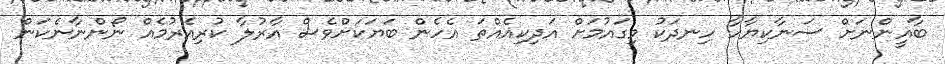
ބާޣީންނަށް ސަނާކިޔާހާ ހިނދަކު މިގައުމަށް އަދިކިއެއްތަ އެހެން ބަޔަކަށްވެސް އާރުލާ ކުރިއެރުމެއް ނޯންނާނެކަން